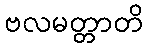
ဗလမတ္တာတိ